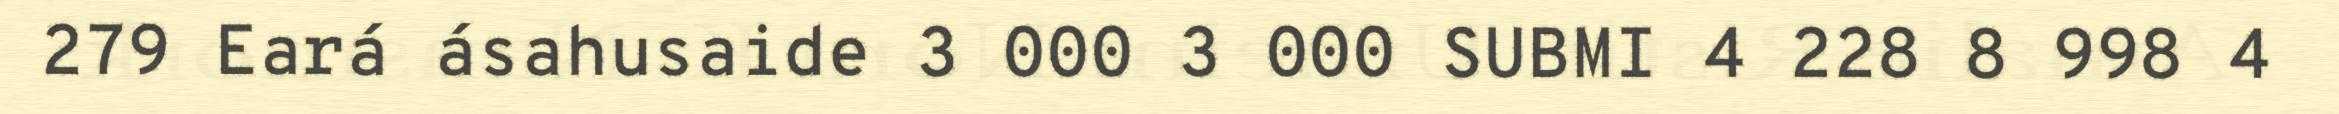
279 Eará ásahusaide 3 000 3 000 SUBMI 4 228 8 998 4